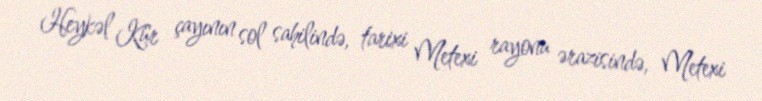
Heykəl Kür çayının sol sahilində, tarixi Metexi rayonu ərazisində, Metexi